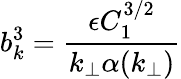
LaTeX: b_{k}^{3}=\frac{\epsilon C_{1}^{3/2}}{k_{\perp}\alpha(k_{\perp})}